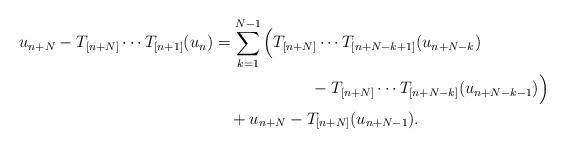
LaTeX: \begin{align*} u_{n+N}-T_{[n+N]}\cdots T_{[n+1]}(u_n)&=\sum_{k=1}^{N-1}\Big(T_{[n+N]}\cdots T_{[n+N-k+1]}(u_{n+N-k})\\ &\qquad\qquad\qquad-T_{[n+N]}\cdots T_{[n+N-k]}(u_{n+N-k-1})\Big)\\ &\quad+u_{n+N}-T_{[n+N]}(u_{n+N-1}). \end{align*}